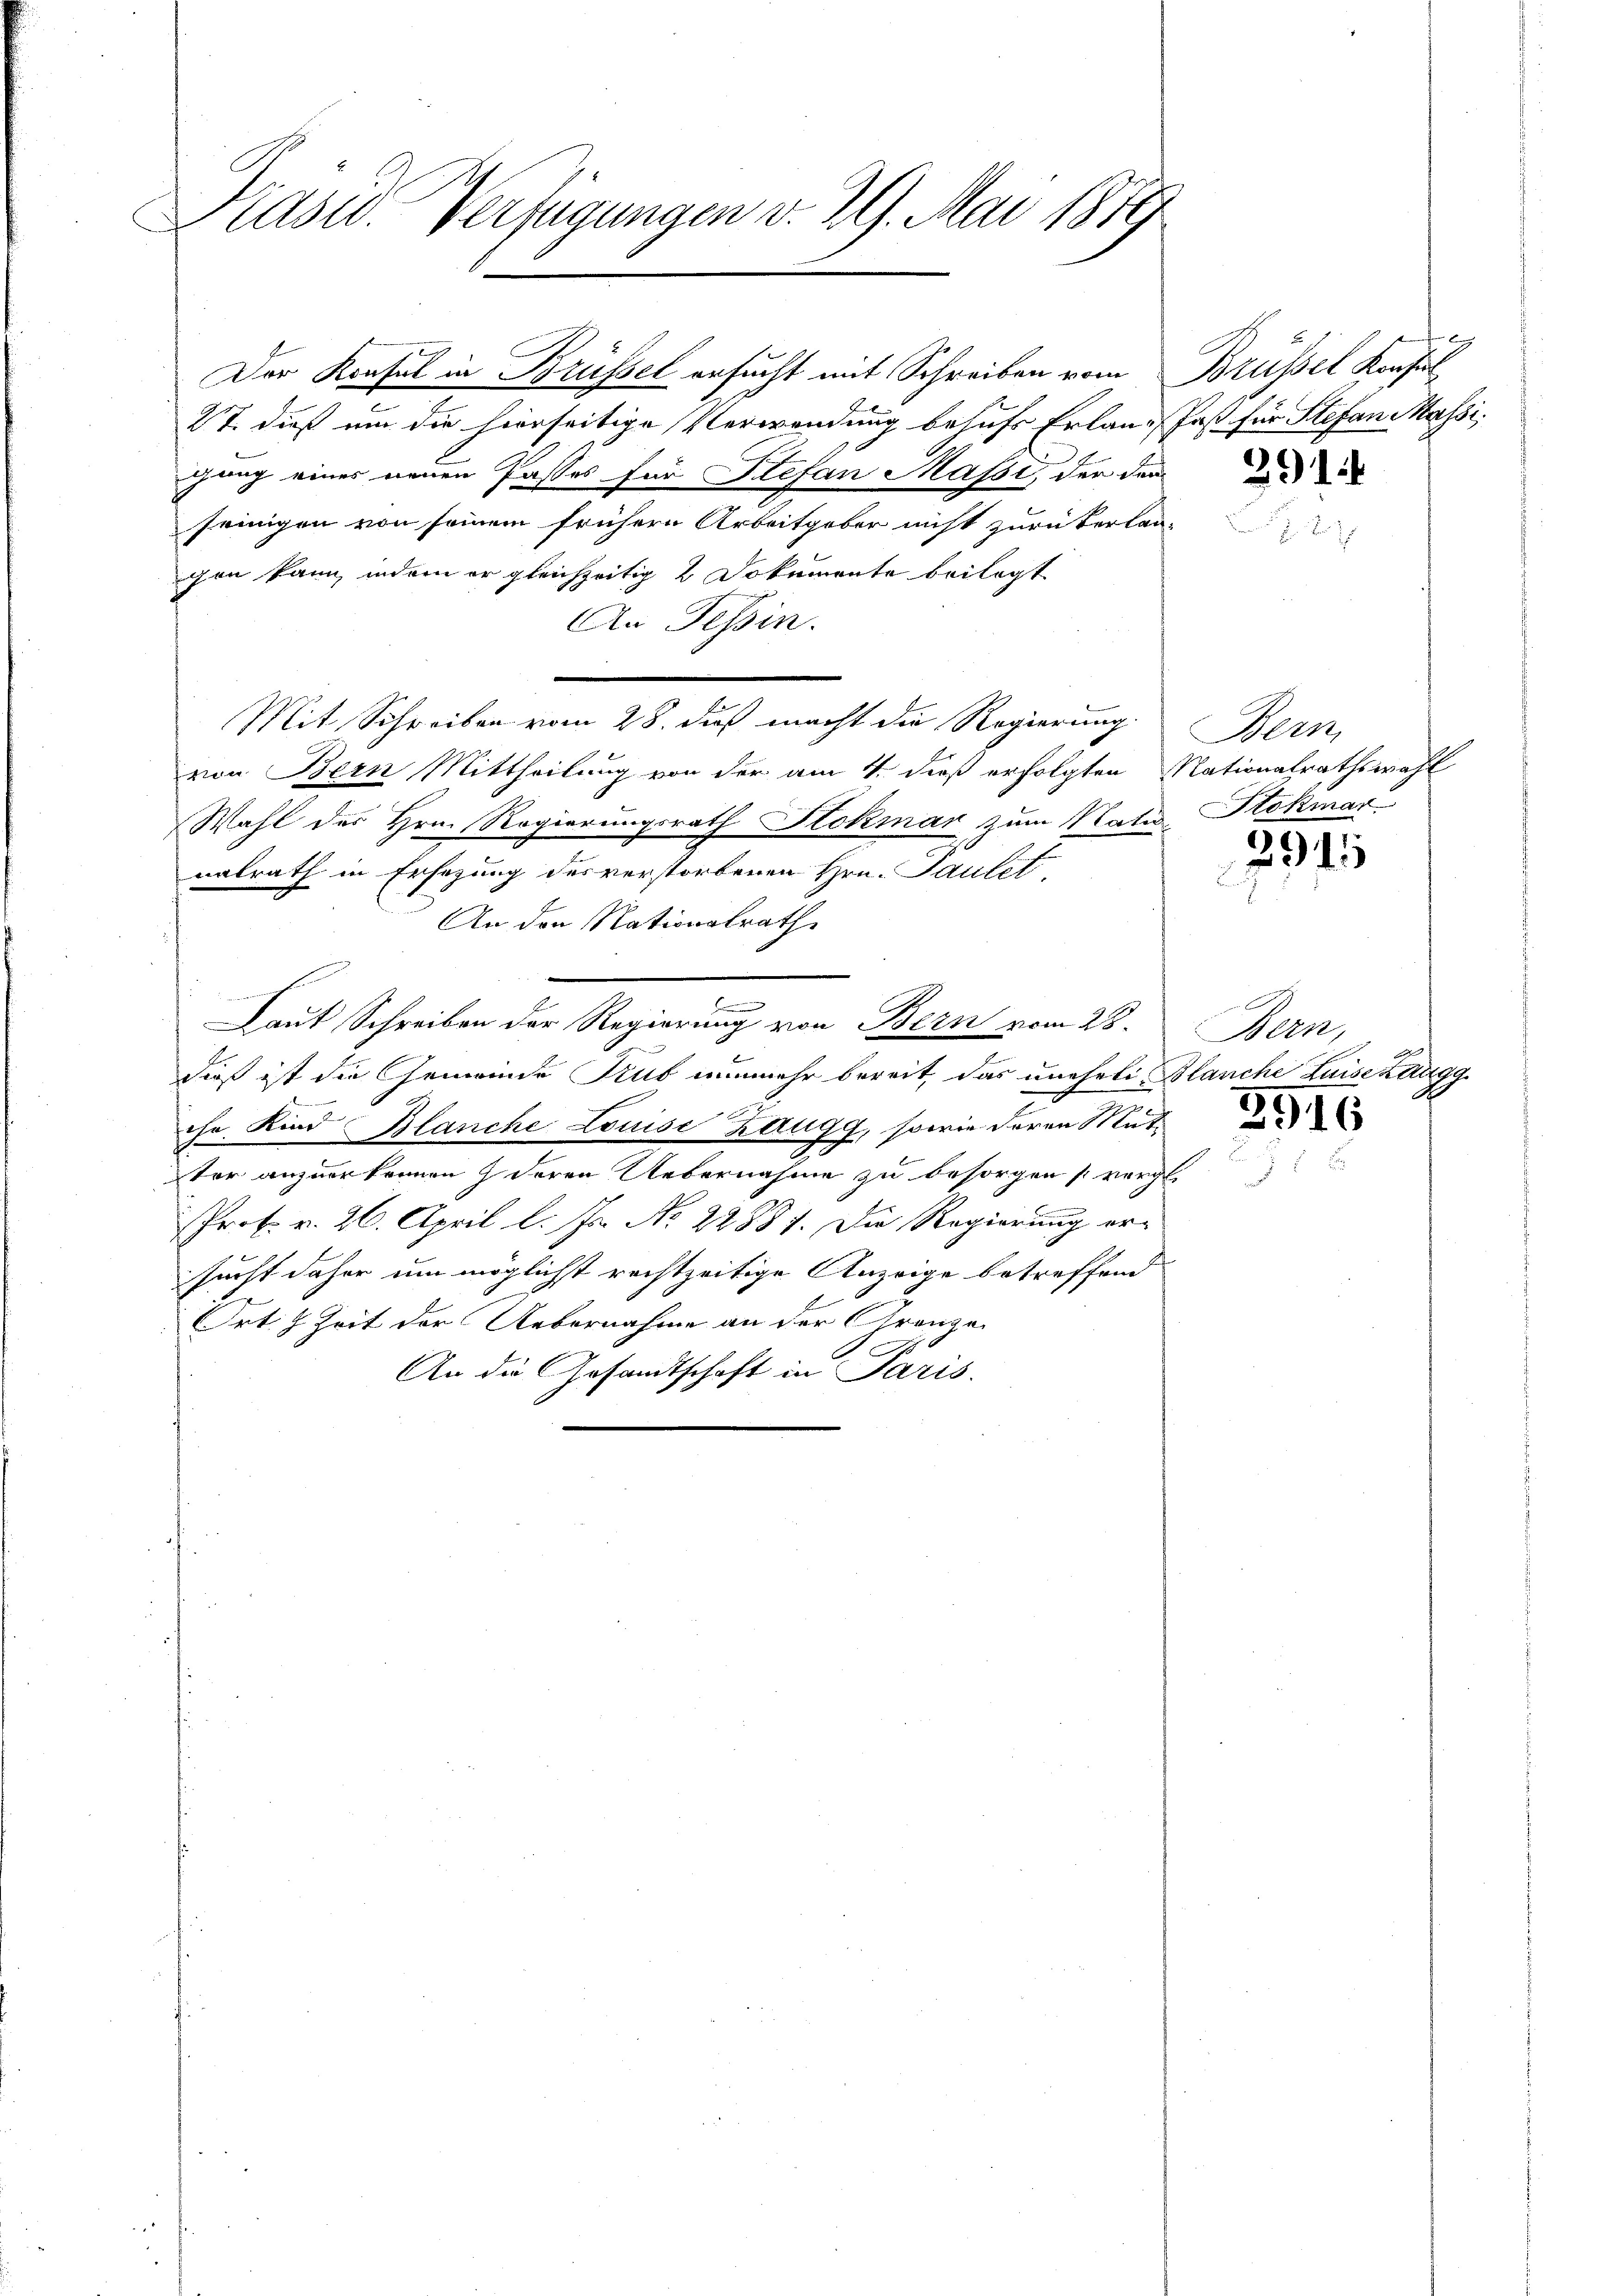
Prasw. Verfügungen v. 29. Mai 1879

Der Konsul in Brüssel ersucht mit Schreiben vom
27. dieß um die hierseitige Verwendung behufs Erlaugang eines neuen Passes für Stefan Massi, der dem
seinigen von seinem frühern Arbeitgober nicht zurückerlan-
gen kann, indem er gleichzeitig 2 Dokumente beilagt
An Tessin.
Mit Schreiben vom 28. dieß macht die Regierung
von Bern Mittheilung von der am 4. dieß erfolgten Nationalrathswahl
Wahl des Hrn. Regierungsrath Stokmar zum Natur Stokmar
nalrath in Ersezung des verstorbenen Hrn. Paulet
An den Nationalrath
.
Laut Schreiben der Regierung von Bern vom 28.
¬
dieß ist die Gemeinde Trub nunmehr bereit, das uneheli¬

che Kind Blanche Louise Zaugg, sowie deren Mutter anzuerkennen) deren Uebernahme zu besorgen vorge
n
Prof. v. 26. April l. Js. No. 22881. Die Regierung ersucht daher um möglichst rechtzeitige Anzeige betreffend
E
Ort. 2 Zeit der Uebernahme an der Granze
An die Gesandtschaft in Paris.

g
Brüssel Konfer
Jast für Stefan Massi

E

291

Bern

2945

Bern,
Blanche Luise kaugg